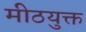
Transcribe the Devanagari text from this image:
मीठयुक्त